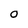
Character: O